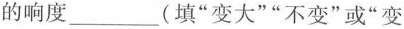
的响度___(填”变大””不变”或”变